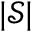
\lvert \mathcal { S } \rvert